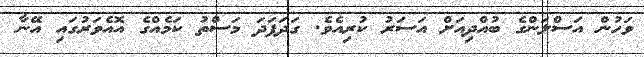
ވަހުން އަސްލަންގެ ބުއްދިއަށް އަސަރު ކުރިއެވެ. ގަދަފަދަ މަސްތު ކަމެއްގެ އޮއެވަރުގައި އޭނާ